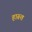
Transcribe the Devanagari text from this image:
हारूत